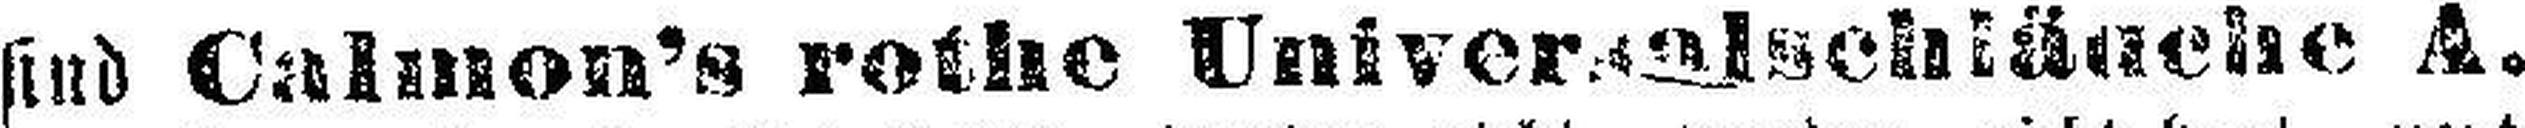
sind Calmon’s rothe Universalschläuche A.